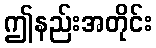
ဤနည်းအတိုင်း